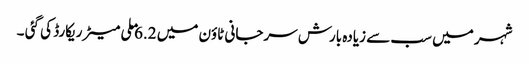
شہر میں سب سے زیادہ بارش سرجانی ٹاؤن میں 6.2 ملی میٹر ریکارڈ کی گئی ۔